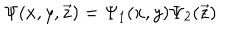
LaTeX: \Psi ( x , y , \vec { z } ) = \Psi _ { 1 } ( x , y ) \Psi _ { 2 } ( \vec { z } )